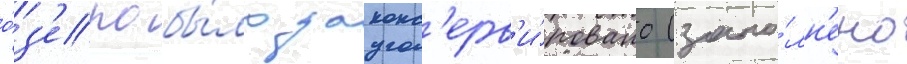
о́з'еро бы́ло законс'ерв'и́ровано (запо́лн'ено